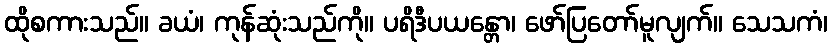
ထိုစကားသည်။ ခယံ၊ ကုန်ဆုံးသည်ကို။ ပရိဒီပယန္တော၊ ဖော်ပြတော်မူလျက်။ သေသကံ၊